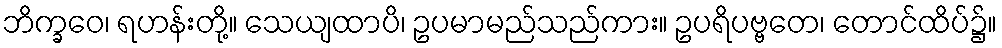
ဘိက္ခဝေ၊ ရဟန်းတို့။ သေယျထာပိ၊ ဥပမာမည်သည်ကား။ ဥပရိပဗ္ဗတေ၊ တောင်ထိပ်၌။